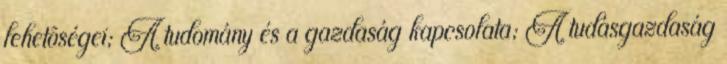
lehetôségei; A tudomány és a gazdaság kapcsolata; A tudásgazdaság